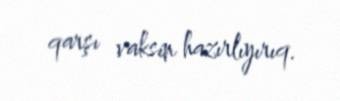
qarşı vaksin hazırlıyırıq.